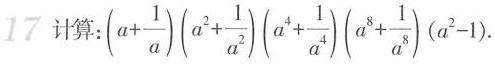
17 计算：$$( a + \frac { 1 } { a } ) ( a ^ { 2 } + \frac { 1 } { a ^ { 2 } } ) ( a ^ { 4 } + \frac { 1 } { a ^ { 4 } } ) ( a ^ { 8 } + \frac { 1 } { a ^ { 8 } } ) ( a ^ { 2 } - 1 )$$。